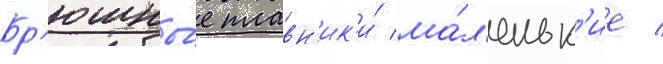
Бр'юшны́е плавн'ик'и́ ма́л'еньк'ие /